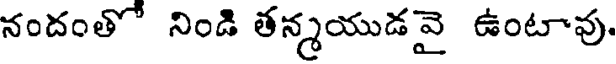
నందంతో నిండి తన్మయుడవై ఉంటావు.